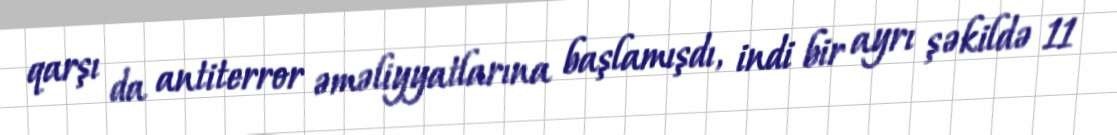
qarşı da antiterror əməliyyatlarına başlamışdı, indi bir ayrı şəkildə 11